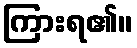
ကြားရ၏။